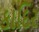
કાદિર